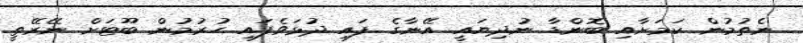
ނެތުމުން ކަމަށާއި ބޮންޑާ ނުދިޔައީ އޭނާގެ ފައި ދުޅަވެފައި ހުރުމުން ބޫޓަށް ނޭރޭތީ